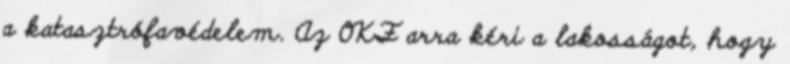
a katasztrófavédelem. Az OKF arra kéri a lakosságot, hogy